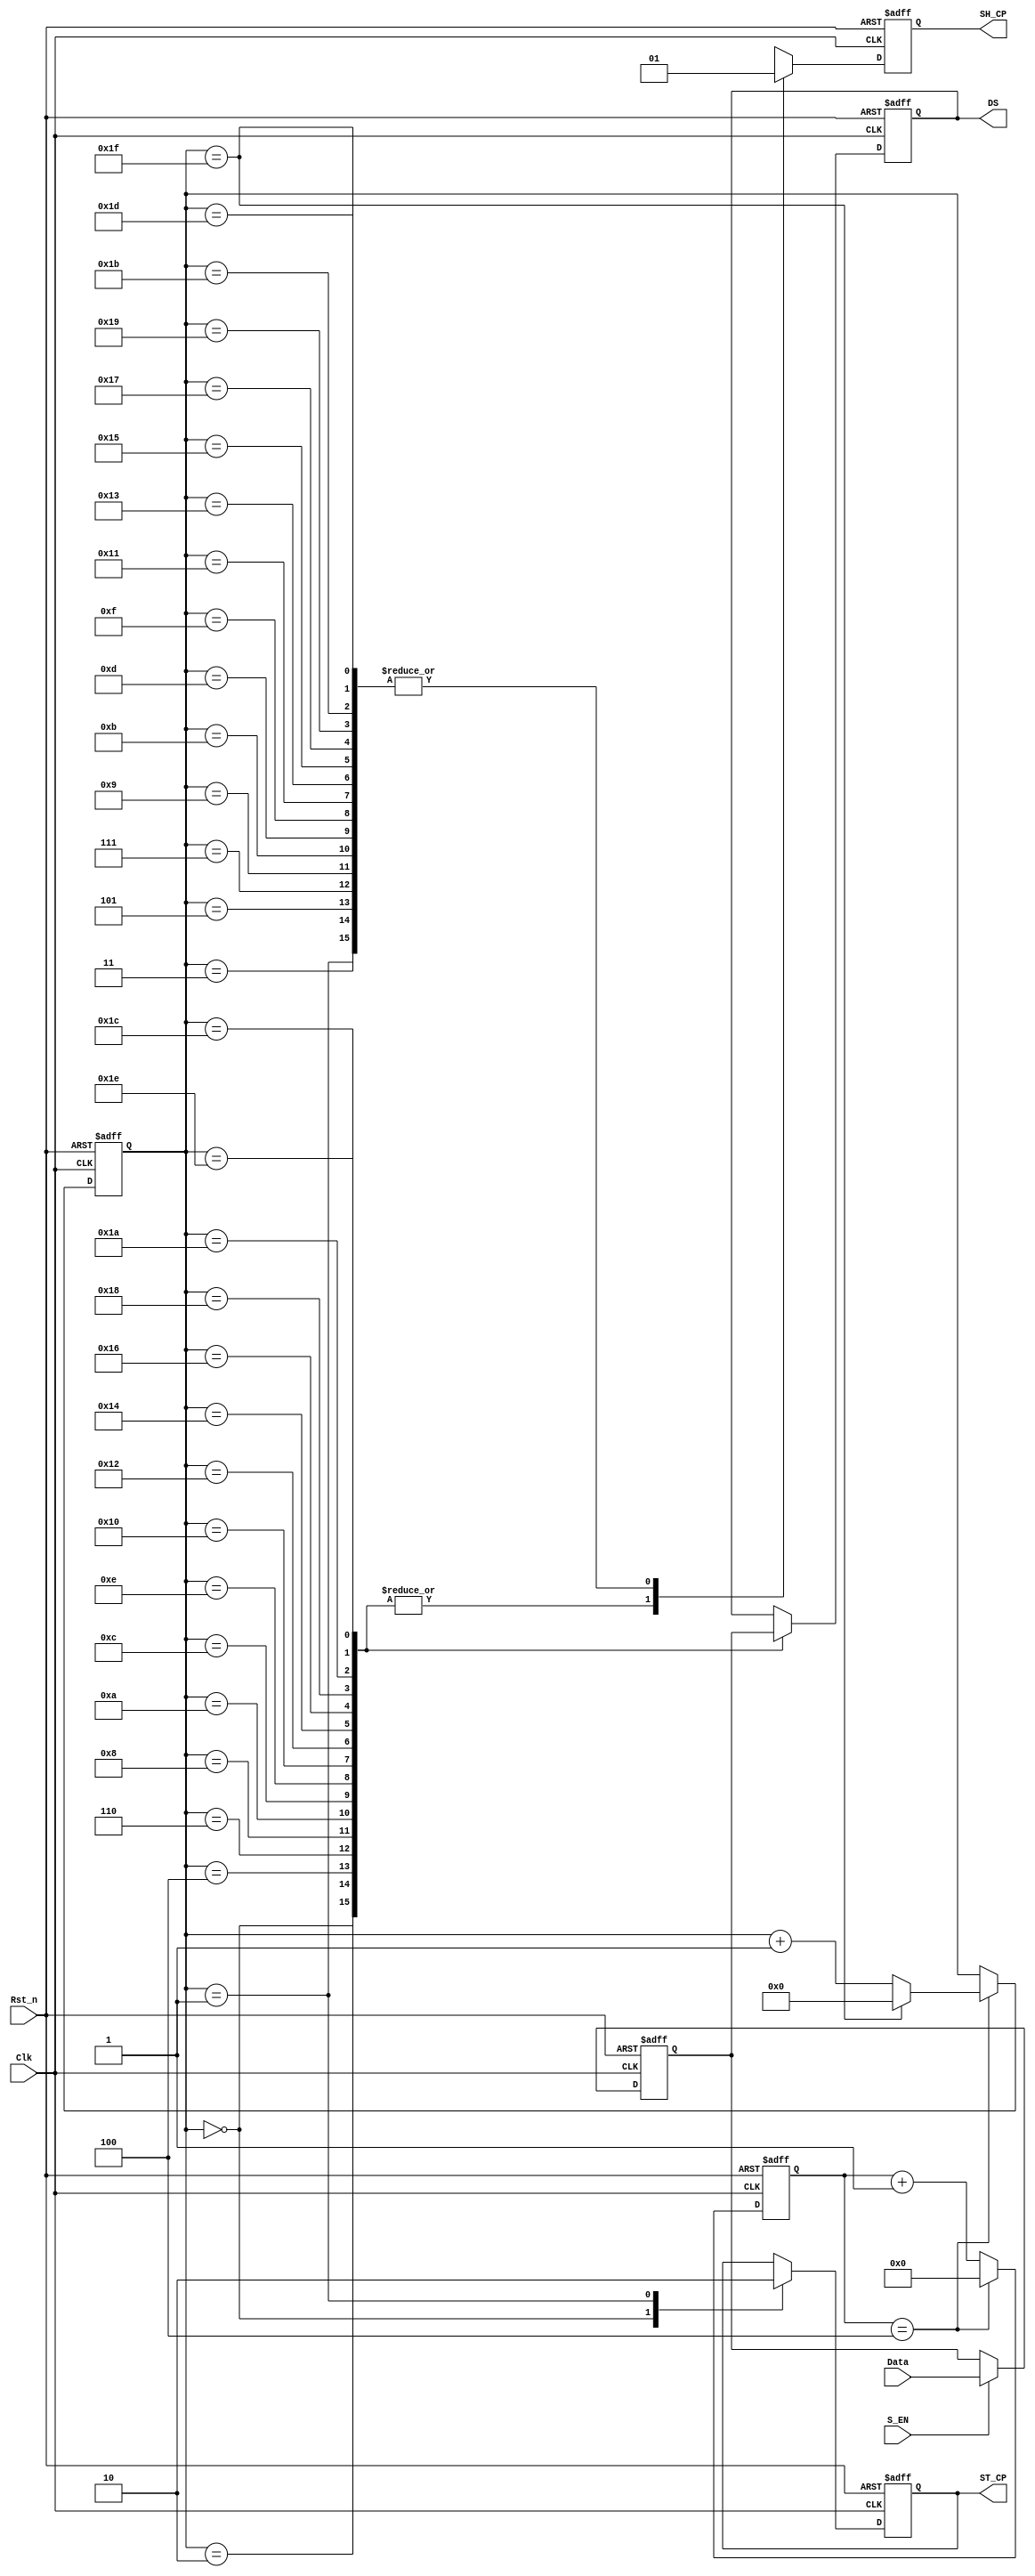
/***************************************************
*	Module Name		:	HC595_Driver		   
*	Engineer		   :	
*	Target Device	:	EP4CE10F17C8
*	Tool versions	:	Quartus II 13.0
*	Revision		   :	v1.0
*	Description		:  74HC595
**************************************************/

module HC595_Driver(
		Clk,
		Rst_n,
		Data,
		S_EN,
		SH_CP,
		ST_CP,
		DS
	);

	parameter DATA_WIDTH = 16;

	input Clk;
	input Rst_n;
	input [DATA_WIDTH-1 : 0] Data;	//data to send
	input S_EN;	//send en
	output reg SH_CP;	//shift clock
	output reg ST_CP;	//latch data clock
	output reg DS;	//shift serial data
	
	parameter CNT_MAX = 4;
	
	
	reg [15:0] divider_cnt;//
	wire sck_pluse;
	
	reg [4:0]SHCP_EDGE_CNT;//SH_CP EDGE counter
	
	reg [15:0]r_data;
	
	always@(posedge Clk or negedge Rst_n)
	if(!Rst_n)
		r_data <= 16'd0;
	else if(S_EN)
		r_data <= Data;
	else
		r_data <= r_data;
		
	//clock divide
	always@(posedge Clk or negedge Rst_n)
	if(!Rst_n)
		divider_cnt <= 16'd0;
	else if(divider_cnt == CNT_MAX)
		divider_cnt <= 16'd0;
	else
		divider_cnt <= divider_cnt + 1'b1;
		
	assign sck_pluse = (divider_cnt == CNT_MAX);
	
	always@(posedge Clk or negedge Rst_n)
	if(!Rst_n)
		SHCP_EDGE_CNT <= 5'd0;
	else if(sck_pluse)begin
		if(SHCP_EDGE_CNT ==  5'd31)
			SHCP_EDGE_CNT <= 5'd0;
		else
			SHCP_EDGE_CNT <= SHCP_EDGE_CNT + 1'd1;
	end
	else
		SHCP_EDGE_CNT <= SHCP_EDGE_CNT;
		
	always@(posedge Clk or negedge Rst_n)
	if(!Rst_n)begin
		SH_CP <= 1'b0;
		ST_CP <= 1'b0;
		DS <= 1'b0;	
	end
	else begin
		case(SHCP_EDGE_CNT)
			5'd0:begin SH_CP <= 1'b0; ST_CP <= 1'b1; DS <= r_data[15]; end
			5'd1:begin SH_CP <= 1'b1; ST_CP <= 1'b0;end
			5'd2:begin SH_CP <= 1'b0; DS <= r_data[14];end
			5'd3:begin SH_CP <= 1'b1; end
			5'd4:begin SH_CP <= 1'b0; DS <= r_data[13];end
			5'd5:begin SH_CP <= 1'b1; end
			5'd6:begin SH_CP <= 1'b0; DS <= r_data[12];end
			5'd7:begin SH_CP <= 1'b1; end
			5'd8:begin SH_CP <= 1'b0; DS <= r_data[11];end
			5'd9:begin SH_CP <= 1'b1; end
			5'd10:begin SH_CP <= 1'b0; DS <= r_data[10];end
			5'd11:begin SH_CP <= 1'b1; end
			5'd12:begin SH_CP <= 1'b0; DS <= r_data[9];end
			5'd13:begin SH_CP <= 1'b1; end
			5'd14:begin SH_CP <= 1'b0; DS <= r_data[8];end
			5'd15:begin SH_CP <= 1'b1; end
			5'd16:begin SH_CP <= 1'b0; DS <= r_data[7];end
			5'd17:begin SH_CP <= 1'b1; end
			5'd18:begin SH_CP <= 1'b0; DS <= r_data[6];end
			5'd19:begin SH_CP <= 1'b1; end
			5'd20:begin SH_CP <= 1'b0; DS <= r_data[5];end
			5'd21:begin SH_CP <= 1'b1; end
			5'd22:begin SH_CP <= 1'b0; DS <= r_data[4];end
			5'd23:begin SH_CP <= 1'b1; end
			5'd24:begin SH_CP <= 1'b0; DS <= r_data[3];end
			5'd25:begin SH_CP <= 1'b1; end
			5'd26:begin SH_CP <= 1'b0; DS <= r_data[2];end
			5'd27:begin SH_CP <= 1'b1; end
			5'd28:begin SH_CP <= 1'b0; DS <= r_data[1];end
			5'd29:begin SH_CP <= 1'b1; end
			5'd30:begin SH_CP <= 1'b0; DS <= r_data[0];end
			5'd31:begin SH_CP <= 1'b1; end
		endcase	
	end

endmodule